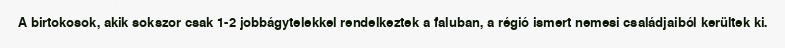
A birtokosok, akik sokszor csak 1-2 jobbágytelekkel rendelkeztek a faluban, a régió ismert nemesi családjaiból kerültek ki.